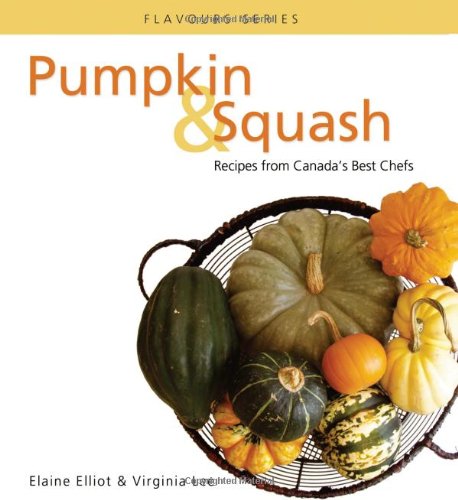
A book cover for Pumpkin & Squash: Recipes From Canada's Best Chefs (Flavours Cookbook); Elaine Elliot; Cookbooks, Food & Wine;